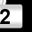
Digit: 2